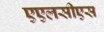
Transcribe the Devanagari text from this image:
एएलसीएस